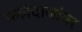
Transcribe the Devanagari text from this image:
फलंदाजांवर